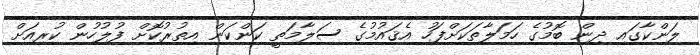
ލަންކާގައި ދިން ބޮމުގެ ހަމަލާތަކަށްފަހު އެޤައުމުގެ ސަލާމަތީ ކަންކަން އިތުރުކޮށް ފުލުހުން ކުރިއަށް